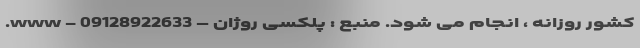
کشور روزانه ، انجام می شود. منبع : پلکسی روژان – 09128922633 - www.